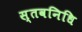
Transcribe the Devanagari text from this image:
स्तवनिधि